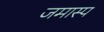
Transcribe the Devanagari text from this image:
जमास्प